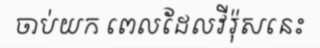
ចាប់យក ពេលដែលវីរ៉ុសនេះ